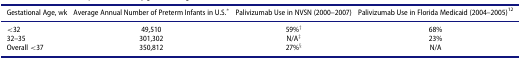
<table><thead><tr><td><b>Gestational Age, wk</b></td><td><b>Average Annual Number of Preterm Infants in U.S.*</b></td><td><b>Palivizumab Use in NVSN (2000–2007)</b></td><td><b>Palivizumab Use in Florida Medicaid (2004–2005)<sup>12</sup></b></td></tr></thead><tbody><tr><td>&lt;32</td><td>49,510</td><td>59%<sup>†</sup></td><td>68%</td></tr><tr><td>32–35</td><td>301,302</td><td>N/A<sup>‡</sup></td><td>23%</td></tr><tr><td>Overall &lt;37</td><td>350,812</td><td>27%<sup>§</sup></td><td>N/A</td></tr></tbody></table>